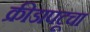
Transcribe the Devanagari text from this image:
क्रीडापटूचा